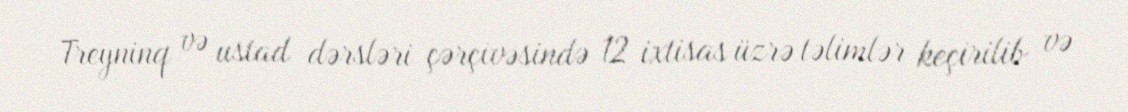
Treyninq və ustad dərsləri çərçivəsində 12 ixtisas üzrə təlimlər keçirilib və